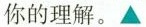
你的理解。▲